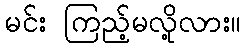
မင်း ကြည့်မလို့လား။